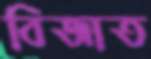
বিজাত